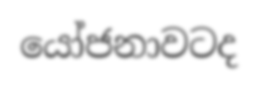
යෝජනාවටද